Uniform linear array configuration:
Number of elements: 24
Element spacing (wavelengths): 0.25
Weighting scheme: uniform
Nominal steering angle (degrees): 0
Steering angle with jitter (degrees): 0.9075
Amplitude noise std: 0.05
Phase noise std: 0.05

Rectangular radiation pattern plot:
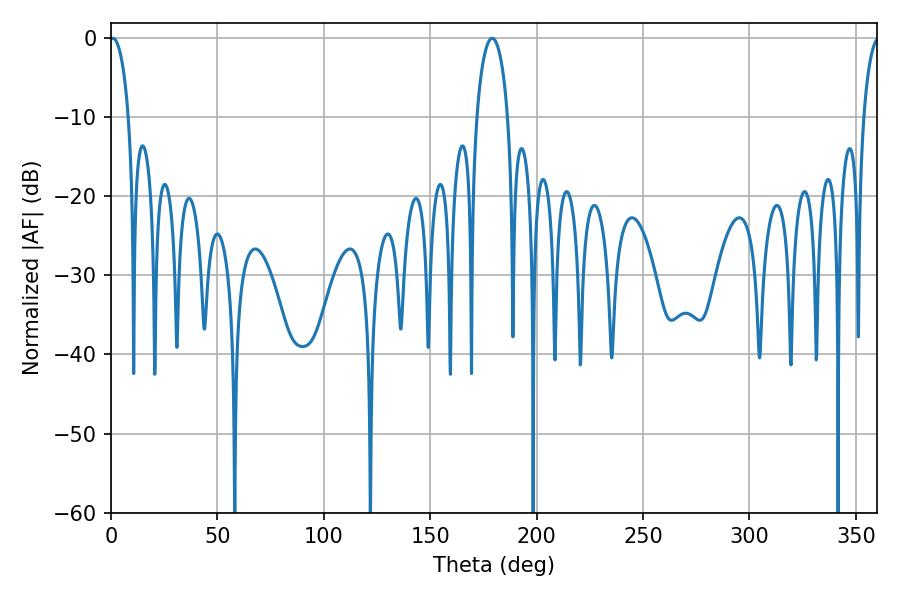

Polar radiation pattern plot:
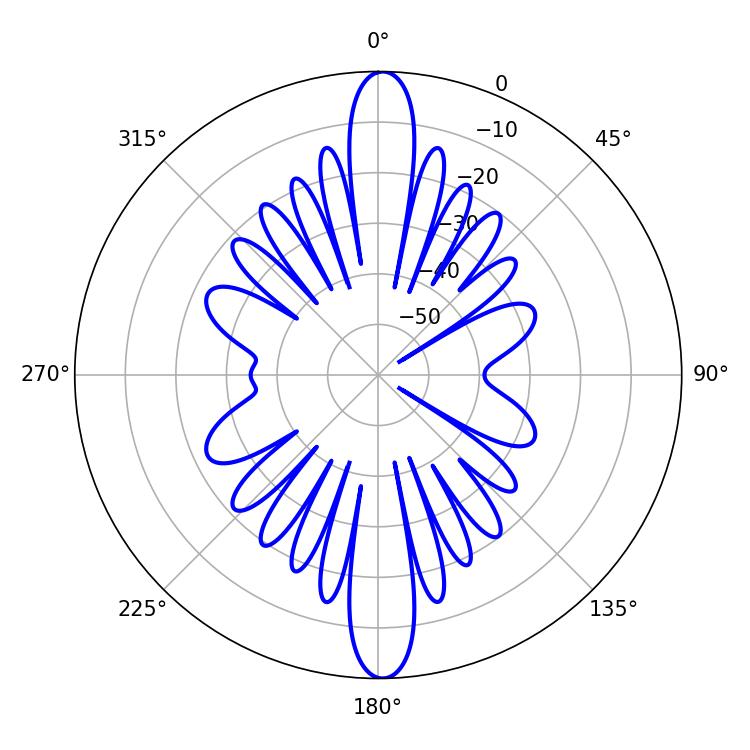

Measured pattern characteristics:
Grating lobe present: FALSE
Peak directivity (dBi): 28.279
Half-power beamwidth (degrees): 5.04
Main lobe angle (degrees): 0.9